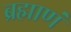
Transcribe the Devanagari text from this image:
ब्रह्माणं